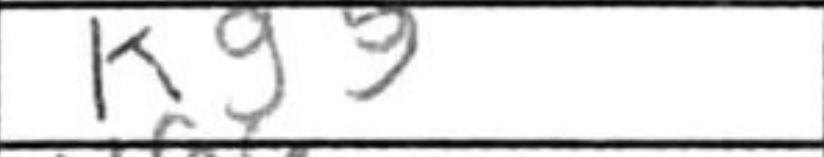
Transcription: Kg5